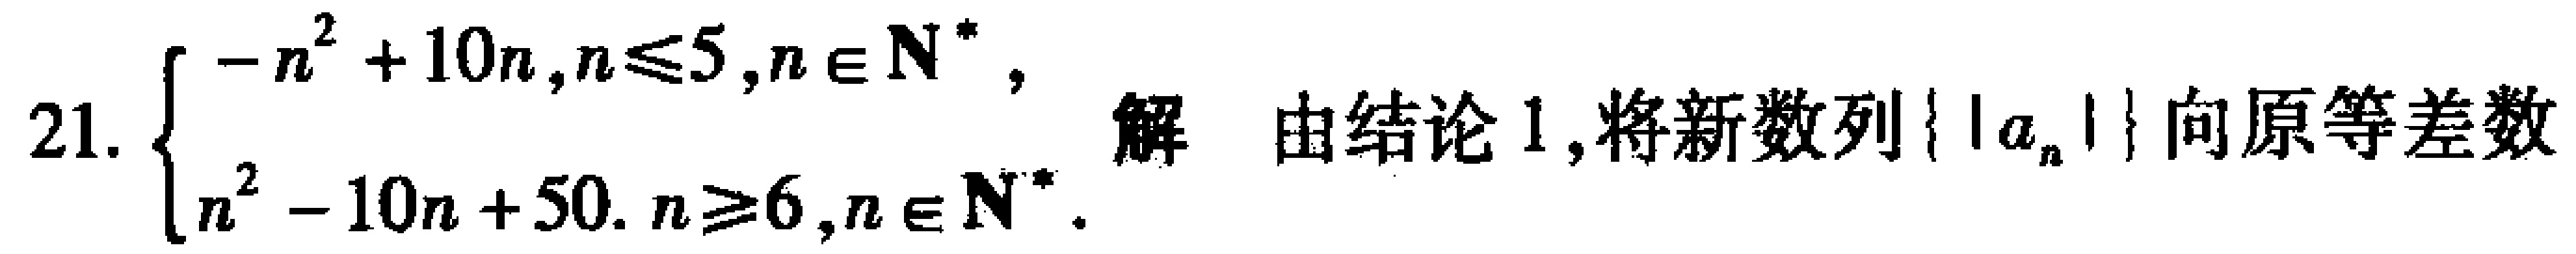
21. $\begin{cases}-n^{2}+10n,n\leqslant5,n\in\mathbf{N}^{*},\\n^{2}-10n + 50.n\geqslant6,n\in\mathbf{N}^{*}.\end{cases}$ 解 由结论1,将新数列$\{|a_{n}|\}$向原等差数